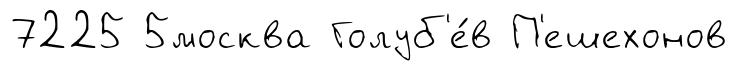
7225 5москва Голуб'е́в П'ешехонов